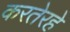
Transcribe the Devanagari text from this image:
करतेरहे